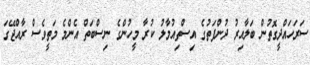
ސަރަހައްދީގޮތުން ބަލާއިރު ދުންފަތުގެ އިސްތިއުމާލު ކުރާ މީހުންގެ ނިސްބަތް އެންމެ މަތީވެސް ރާއްޖޭގަ